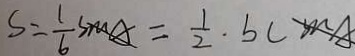
S = \frac { 1 } { 6 } \cdots m A = \frac { 1 } { 2 } \cdot b c m A